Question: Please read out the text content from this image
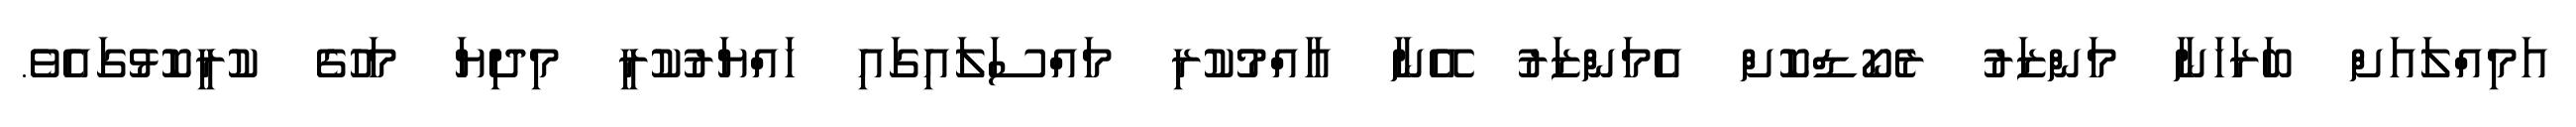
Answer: އަމިއްލައަށް ބަރަހަނާ މަންޒަރު ރެކޯޑްކޮށް އެމަންޒަރު އޭނާ އާއްމުކުރި މައްސަލައިގައި ހައްޔަރުކުރީ މިދިޔަ މަހުގެ ކުރީކޮޅުގައެވެ.